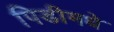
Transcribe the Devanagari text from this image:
पिडीमधे